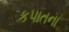
કપાતના